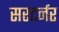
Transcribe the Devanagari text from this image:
सरटर्नर